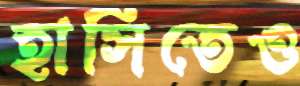
হাসিতেও